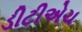
ડીટીએચ